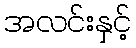
အလင်းနှင့်